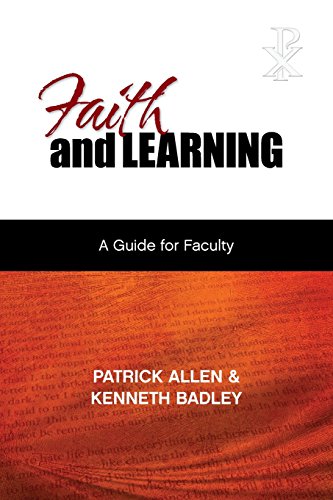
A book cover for Faith and Learning: A Practical Guide for Faculty; Patrick Allen; Education & Teaching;